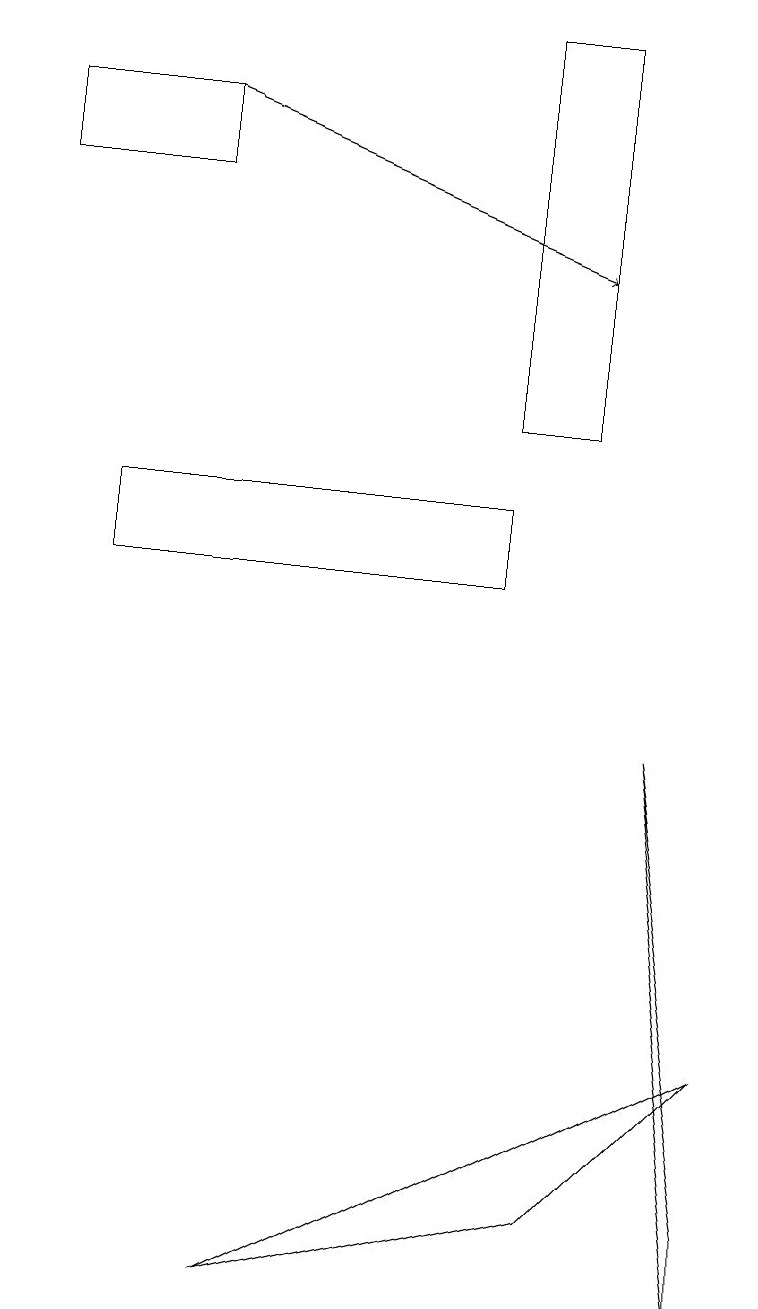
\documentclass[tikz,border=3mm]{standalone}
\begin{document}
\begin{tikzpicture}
\draw[->] (2,17) -- (7,15);
\draw (1,11) rectangle (6,12);
\draw (3,2) -- (9,5) -- (7,3) -- cycle;
\draw (6,13) rectangle (7,18);
\draw (2,17) rectangle (0,16);
\draw (9,2) -- (9,3) -- (8,9) -- cycle;
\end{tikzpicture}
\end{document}